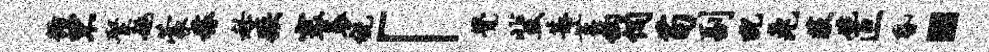
循罘聚姚蒙稼秘疾寰衰祝「觉蜚甚莒钩伺苟副猊兔荻碗叵昏·